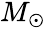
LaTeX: \begin{array}{l}{M_{\odot}}\end{array}